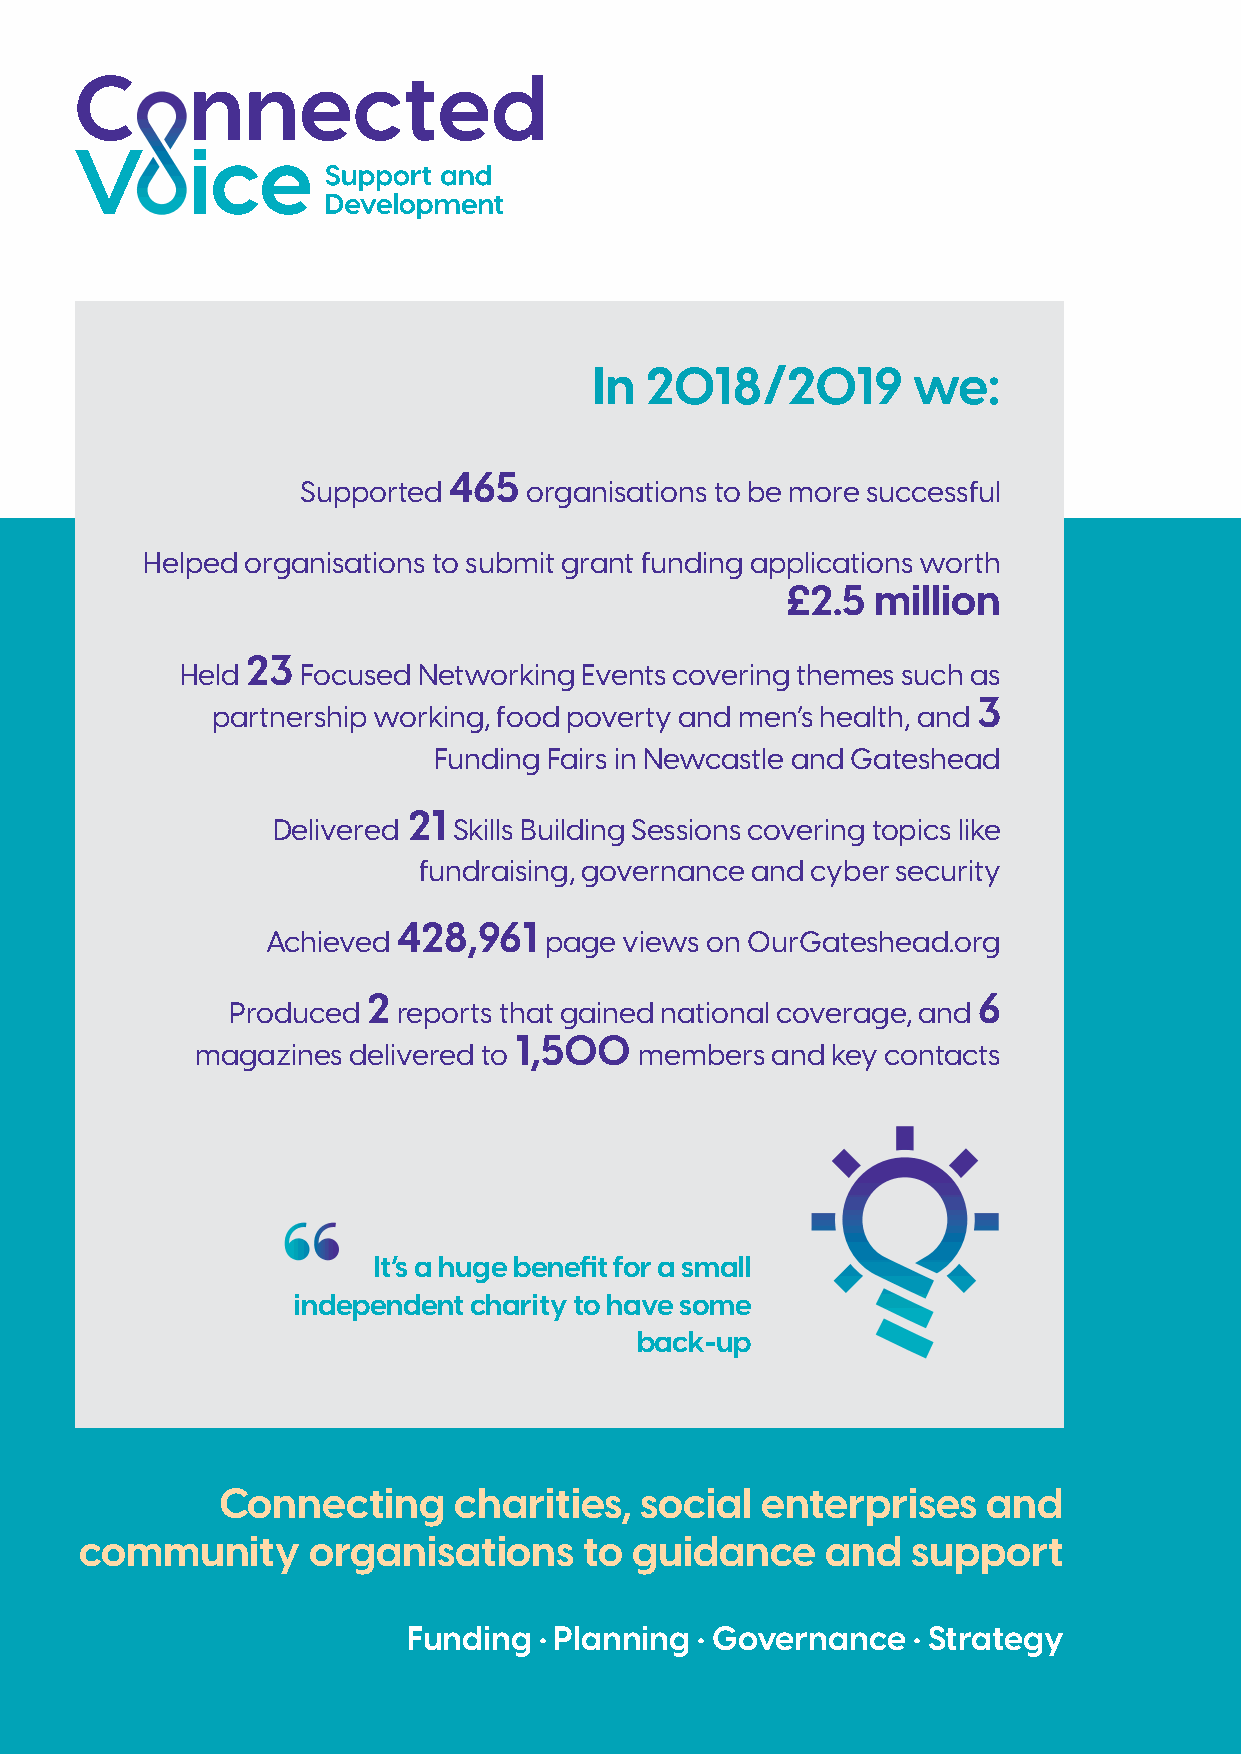
In  2018/2019        we:
 465
 Supported      organisations to be more successful
 Helped organisations to submit grant funding applications worth
 £2.5  million
 23
 Held    Focused Networking Events covering themes such as
 3
 partnership working, food poverty and men’s health, and
 Funding Fairs in Newcastle and Gateshead
 21
 Delivered   Skills Building Sessions covering topics like
 fundraising, governance and cyber security
 Achieved
 428,961
 page views on OurGateshead.org
 Produced
 2
 reports that gained national coverage, and
 6
 magazines delivered to
 1,500
 members  and key contacts
 It’s a huge benefit for a small
 independent charity to have some
 back-up
 Connecting      charities,  social  enterprises    and
 community      organisations      to guidance     and  support
 Funding  · Planning · Governance · Strategy